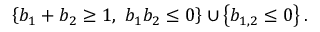
\left\{ b _ { 1 } + b _ { 2 } \geq 1 , \ b _ { 1 } b _ { 2 } \leq 0 \right\} \cup \left\{ b _ { 1 , 2 } \leq 0 \right\} .